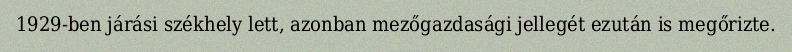
1929-ben járási székhely lett, azonban mezőgazdasági jellegét ezután is megőrizte.